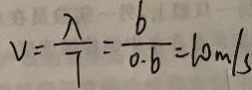
V = \frac { \lambda } { T } = \frac { 6 } { 0 . 6 } = 1 0 m / s